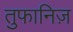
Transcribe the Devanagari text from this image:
तुफानिज़